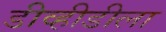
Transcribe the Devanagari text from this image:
डीव्हीडीला